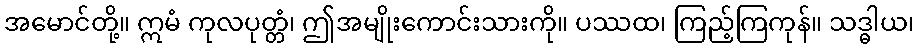
အမောင်တို့။ ဣမံ ကုလပုတ္တံ၊ ဤအမျိုးကောင်းသားကို။ ပဿထ၊ ကြည့်ကြကုန်။ သဒ္ဓါယ၊